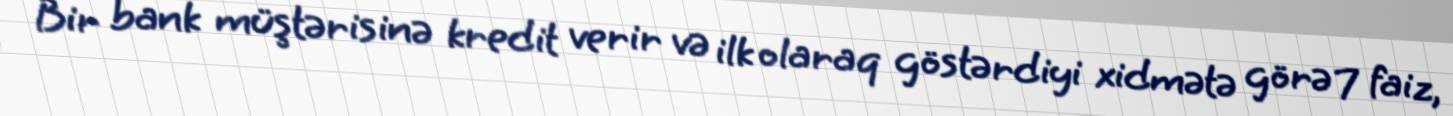
Bir bank müştərisinə kredit verir və ilk olaraq göstərdiyi xidmətə görə 7 faiz,